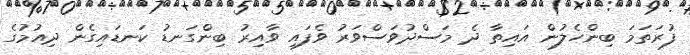
ފުރަތަމަ ބިންހެލުން އައިތާ ދެ މަސްދުވަސްވަރު ވެފައި ވާއިރު ބިންގަނޑު ކަނޑައިގެން ދިއުމުގެ